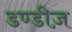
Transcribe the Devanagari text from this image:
डण्डीज़